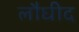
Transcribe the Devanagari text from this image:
लौघीद